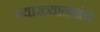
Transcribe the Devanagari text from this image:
व्याख्यानग्रंथ